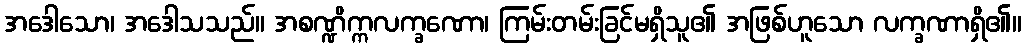
အဒေါသော၊ အဒေါသသည်။ အစဏ္ဍိက္ကလက္ခဏော၊ ကြမ်းတမ်းခြင်မရှိသူ၏ အဖြစ်ဟူသော လက္ခဏာရှိ၏။